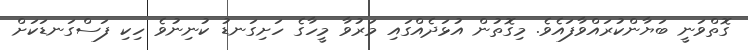
ގޮތްވަނީ ބަޔާންކުރައްވާފައެވެ. މިގޮތުން އުޅަދެއްގައި މަރުވާ މީހާގެ ހަށިގަނޑު ކުނިނުވެ ހިކި ފަސްގަނޑަކަށް